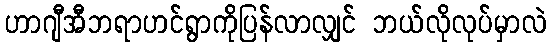
ဟာဂျီအီဘရာဟင်ရွာကိုပြန်လာလျှင် ဘယ်လိုလုပ်မှာလဲ